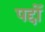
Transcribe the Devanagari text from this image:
पद्दों